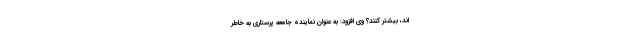
اند، بیشتر کنند؟ وی افزود: به عنوان نماینده جامعه پرستاری به خاطر